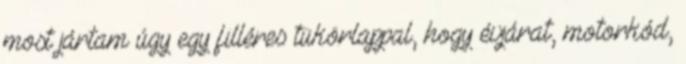
most jártam úgy egy filléres tükörlappal, hogy évjárat, motorkód,